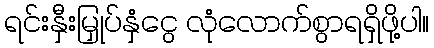
ရင်းနှီးမြှုပ်နှံငွေ လုံလောက်စွာရရှိဖို့ပါ။